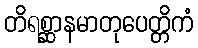
တိရစ္ဆာနမာတုပေတ္တိကံ